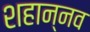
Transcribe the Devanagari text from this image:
शहान्‍नव